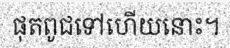
ផុតពូជទៅហើយនោះ។